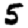
Digit: 5